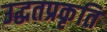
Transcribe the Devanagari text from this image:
उद्धतप्रकृति